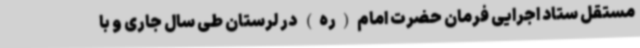
مستقل ستاد اجرایی فرمان حضرت امام(ره) در لرستان طی سال‌ جاری و با